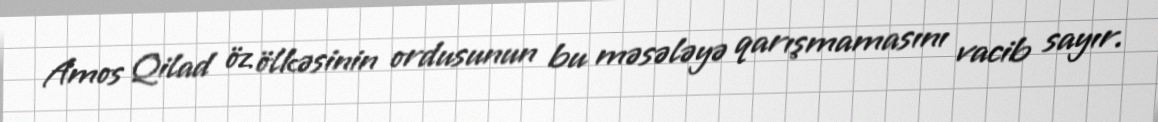
Amos Qilad öz ölkəsinin ordusunun bu məsələyə qarışmamasını vacib sayır.